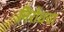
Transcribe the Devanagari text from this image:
निरोधचा